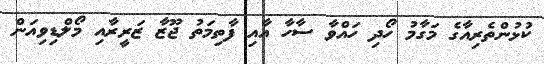
ކުޅުންތެރިއާގެ މަގާމު ހޯދި ހައްވާ ސާހާ އާއި ފާތިމަތު ޖޫޒާ ޒަރީރާއި މޯލްޑިވިއަން